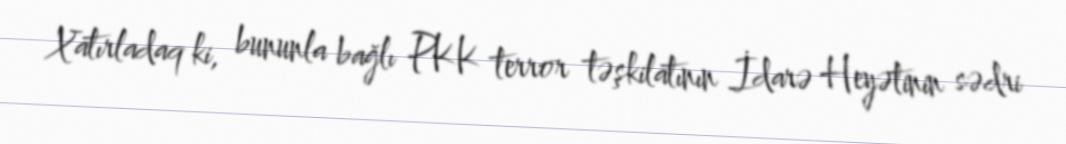
Xatırladaq ki, bununla bağlı PKK terror təşkilatının İdarə Heyətinin sədri